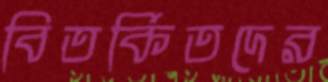
বিতর্কিতদের